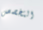
التخصص